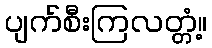
ပျက်စီးကြလတ္တံ့။